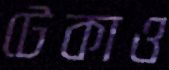
টেকাও